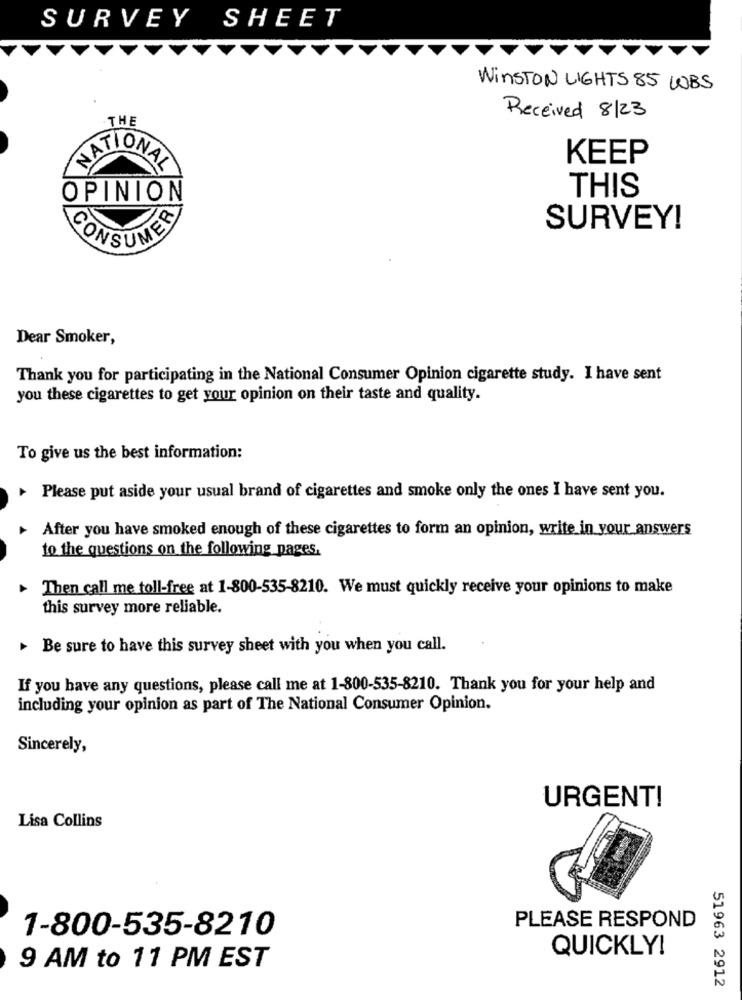
SURVEY SHEET
WINSTON LIGHTS 85 LBS
Received 8/23
THE
KEEP
NATIONAL
THIS
OPINION
SURVEY!
CONSUMER
Dear Smoker,
Thank you for participating in the National Consumer Opinion cigarette study. I have sent
you these cigarettes to get your opinion on their taste and quality.
To give us the best information:
Please put aside your usual brand of cigarettes and smoke only the ones I have sent you.
After you have smoked enough of these cigarettes to form an opinion, write in your answers
to the questions on the following pages.
Then call me toll-free at 1-800-535-8210. We must quickly receive your opinions to make
this survey more reliable.
Be sure to have this survey sheet with you when you call.
If you have any questions, please call me at 1-800-535-8210. Thank you for your help and
including your opinion as part of The National Consumer Opinion.
Sincerely,
URGENT!
Lisa Collins
PLEASE RESPOND
1-800-535-8210
QUICKLY!
9 AM to 11 PM EST
51963 2912